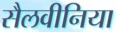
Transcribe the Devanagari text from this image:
सैलवीनिया